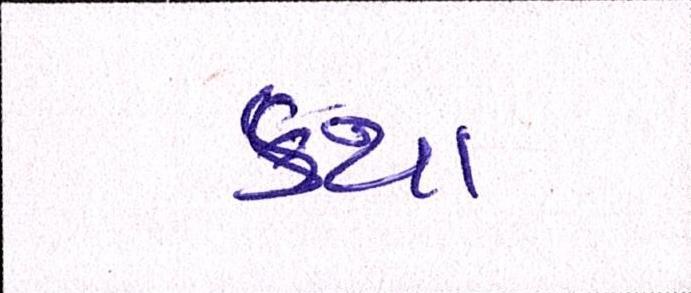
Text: કથા